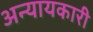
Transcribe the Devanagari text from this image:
अन्यायकारी